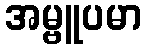
အမ္ဗူပမာ